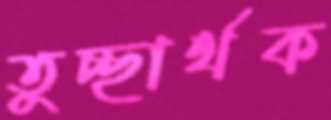
তুচ্ছার্থক